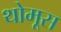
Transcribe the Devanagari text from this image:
थोमूस